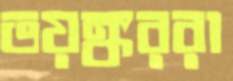
ভয়ঙ্কররা